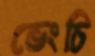
ভেংচি